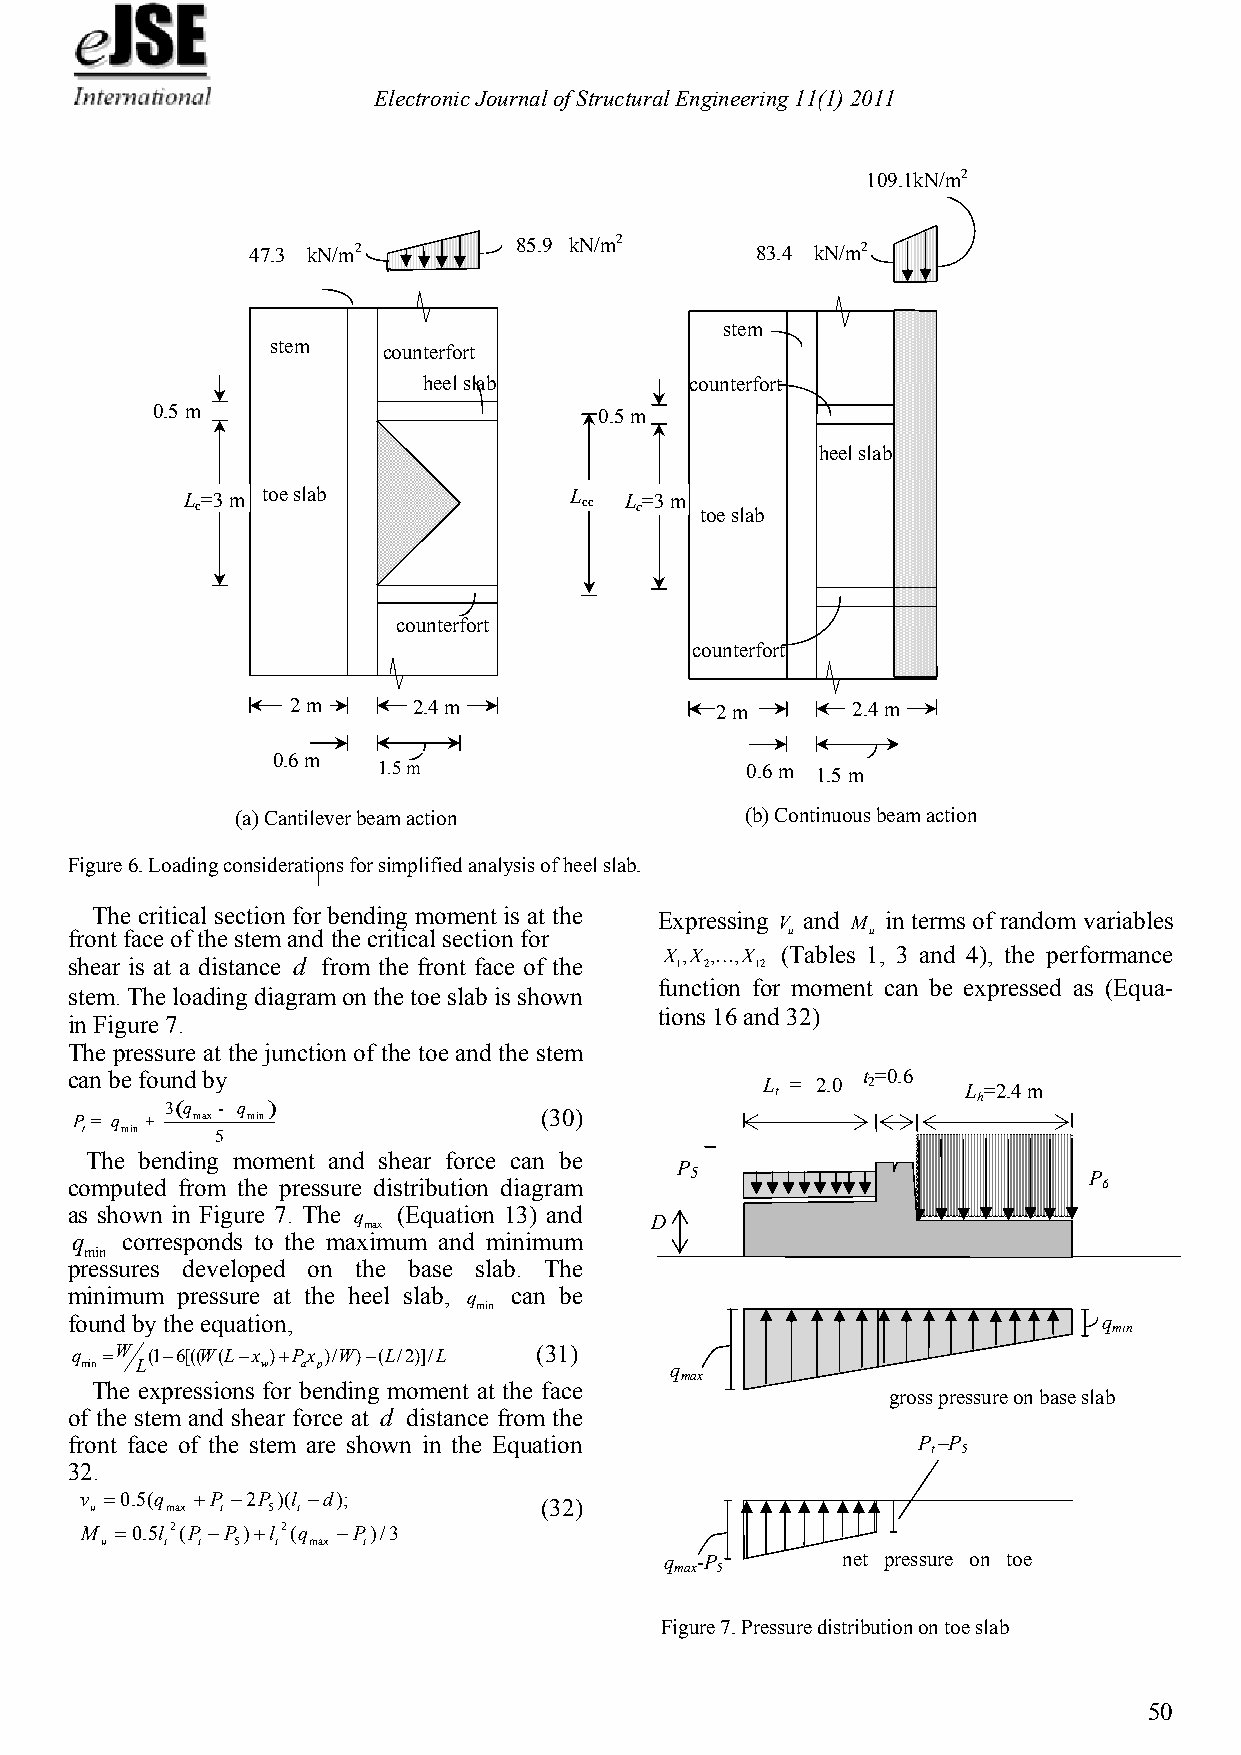
Electronic Journal of Structural Engineering 11(1) 2011
 109.1kN/m2
 47.3 kN/m2        85.9 kN/m2      83.4 kN/m2
 stem
 stem   counterfort
 heel slab         counterfort
 0.5 m                         0.5 m
 heel slab
 L c=3 m toe slab          L cc L c=3 m
 toe slab
 counterfort
 counterfort
 2m      2.4 m               2 m      2.4m
 0.6 m
 1.5 m                   0.6 m 1.5 m
 (a) Cantilever beam action       (b) Continuous beam action
 Figure 6. Loading considerations for simplified analysis of heel slab.
 The critical section for bending moment is at the Expressing V and M in terms of random variables
 front face of the stem and the critical section for u u
 shear is at a distance d from the front face of the
 X 1,X 2,,X
 12
 (Tables 1, 3 and 4), the performance
 function for moment can be expressed as (Equa-
 stem. The loading diagram on the toe slab is shown
 tions 16 and 32)
 in Figure 7.
 The pressure at the junction of the toe and the stem
 can be found by                                      t =0.6
 L t = 2.0 2   L =2.4 m
 h
 3(q - q )
 P = q + max min                (30)
 t  min   5
 The bending moment and shear force can be
 P
 5                         P
 computed from the pressure distribution diagram                      6
 as shown in Figure 7. The q (Equation 13) and D
 max
 q  corresponds to the maximum and minimum
 min
 pressures developed on the base slab. The
 minimum pressure at the heel slab, q can be
 min
 found by the equation,                                               q
 min
 q W (16[((W(Lx )Px )/W)(L/2)]/L (31)
 min L       w  a p                     q
 max
 The expressions for bending moment at the face
 gross pressure on base slab
 of the stem and shear force at d distance from the
 front face of the stem are shown in the Equation         P
 t
 –P
 5
 32.
 v
 u
 0.5(q
 max
 P
 t
 2P 5)(l
 t
 d);
 (32)
 M  0.5l 2(P P )l 2(q P)/3
 u   t t 5  t max t
 q -P        net pressure on toe
 max 5
 Figure 7. Pressure distribution on toe slab
 50